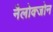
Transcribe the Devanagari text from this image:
नैलोक्जोन